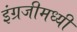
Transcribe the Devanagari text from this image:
इंग्रजीमध्यी